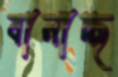
বানাচ্ছ